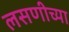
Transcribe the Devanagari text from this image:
लसणीच्या